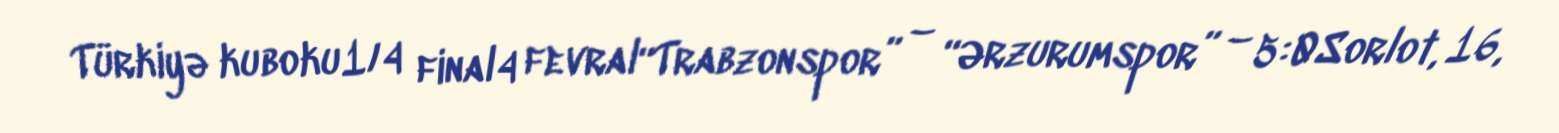
Türkiyə kuboku1/4 final4 fevral“Trabzonspor” – “Ərzurumspor” – 5:0Sorlot, 16,